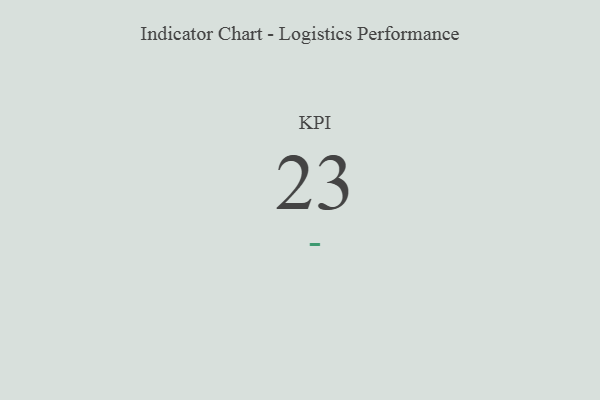
{"axis": {"x": "KPI", "y": "Value"}, "legend": [""], "data": [{"x": "KPI", "y": 23, "type": ""}]}